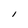
Character: I